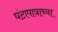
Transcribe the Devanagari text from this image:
घंटापात्राच्या